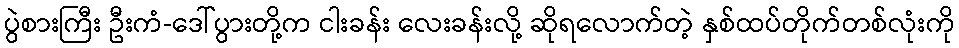
ပွဲစားကြီး ဦးကံ-ဒေါ်ပွားတို့က ငါးခန်း လေးခန်းလို့ ဆိုရလောက်တဲ့ နှစ်ထပ်တိုက်တစ်လုံးကို